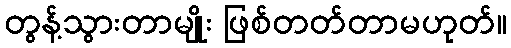
တွန့်သွားတာမျိုး ဖြစ်တတ်တာမဟုတ်။